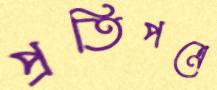
প্রতিপত্রে